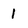
Character: 1